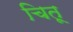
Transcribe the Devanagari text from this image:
चितू